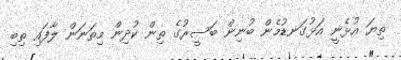
ތިޔަ އުޅެނީ އަޅުގަނޑުމެން ބުނިން ބަސީރުގެ ތިން ކުދިން މިތަނަން ލާފައި ތިބި